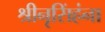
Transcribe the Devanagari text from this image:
श्रीनृसिंहंना